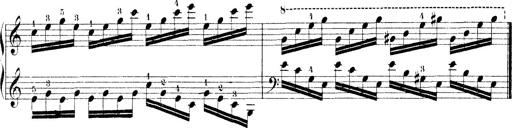
Title: Technische Studien
Composer: Franz Liszt